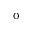
_ 0